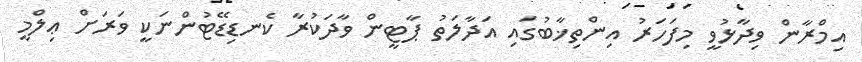
އިމްރާން ވިދާޅުވީ މިފަހަރު އިންތިޚާބުގައި އަދާލަތު ޕާޓީން ވާދަކުރާ ކެނޑިޑޭޓުންނަކީ ވަރަށް ޢިލްމީ